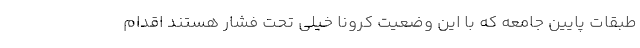
طبقات پایین جامعه که با این وضعیت کرونا خیلی تحت فشار هستند اقدام